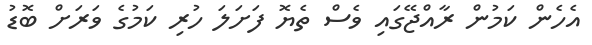
އެހެން ކަމުން ރާއްޖޭގައި ވެސް ތެޔޮ ފަށަލަ ހުރި ކަމުގެ ވަރަށް ބޮޑު